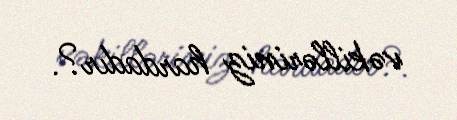
vəkilləriniz hardadır?.